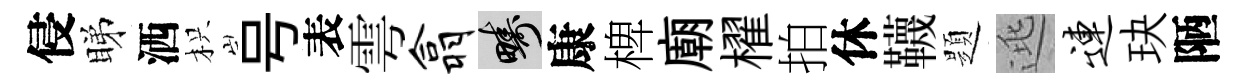
侵睇洒枳号表雩翕疇康椑廟櫂拍休韈題逃连玦陋